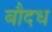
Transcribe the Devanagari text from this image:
बौदध